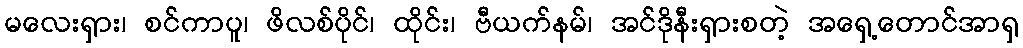
မလေးရှား၊ စင်ကာပူ၊ ဖိလစ်ပိုင်၊ ထိုင်း၊ ဗီယက်နမ်၊ အင်ဒိုနီးရှားစတဲ့ အရှေ့တောင်အာရှ